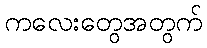
ကလေးတွေအတွက်